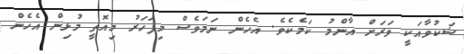
ޝަކުވާއަކީ ވަރަށް އާންމު ކަމެކެވެ. އެހެން ނަމަވެސް މިފަހަރު މިއޮތީ މުޅިން އެހެން